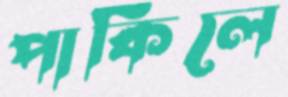
পাকিলে